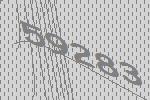
59283